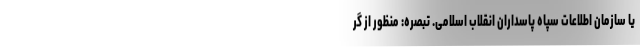
یا سازمان اطلاعات سپاه پاسداران انقلاب اسلامی. تبصره: منظور از گر